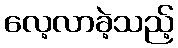
လေ့လာခဲ့သည့်